Vabadussoja_Ajaloo_Komitee, lk 20
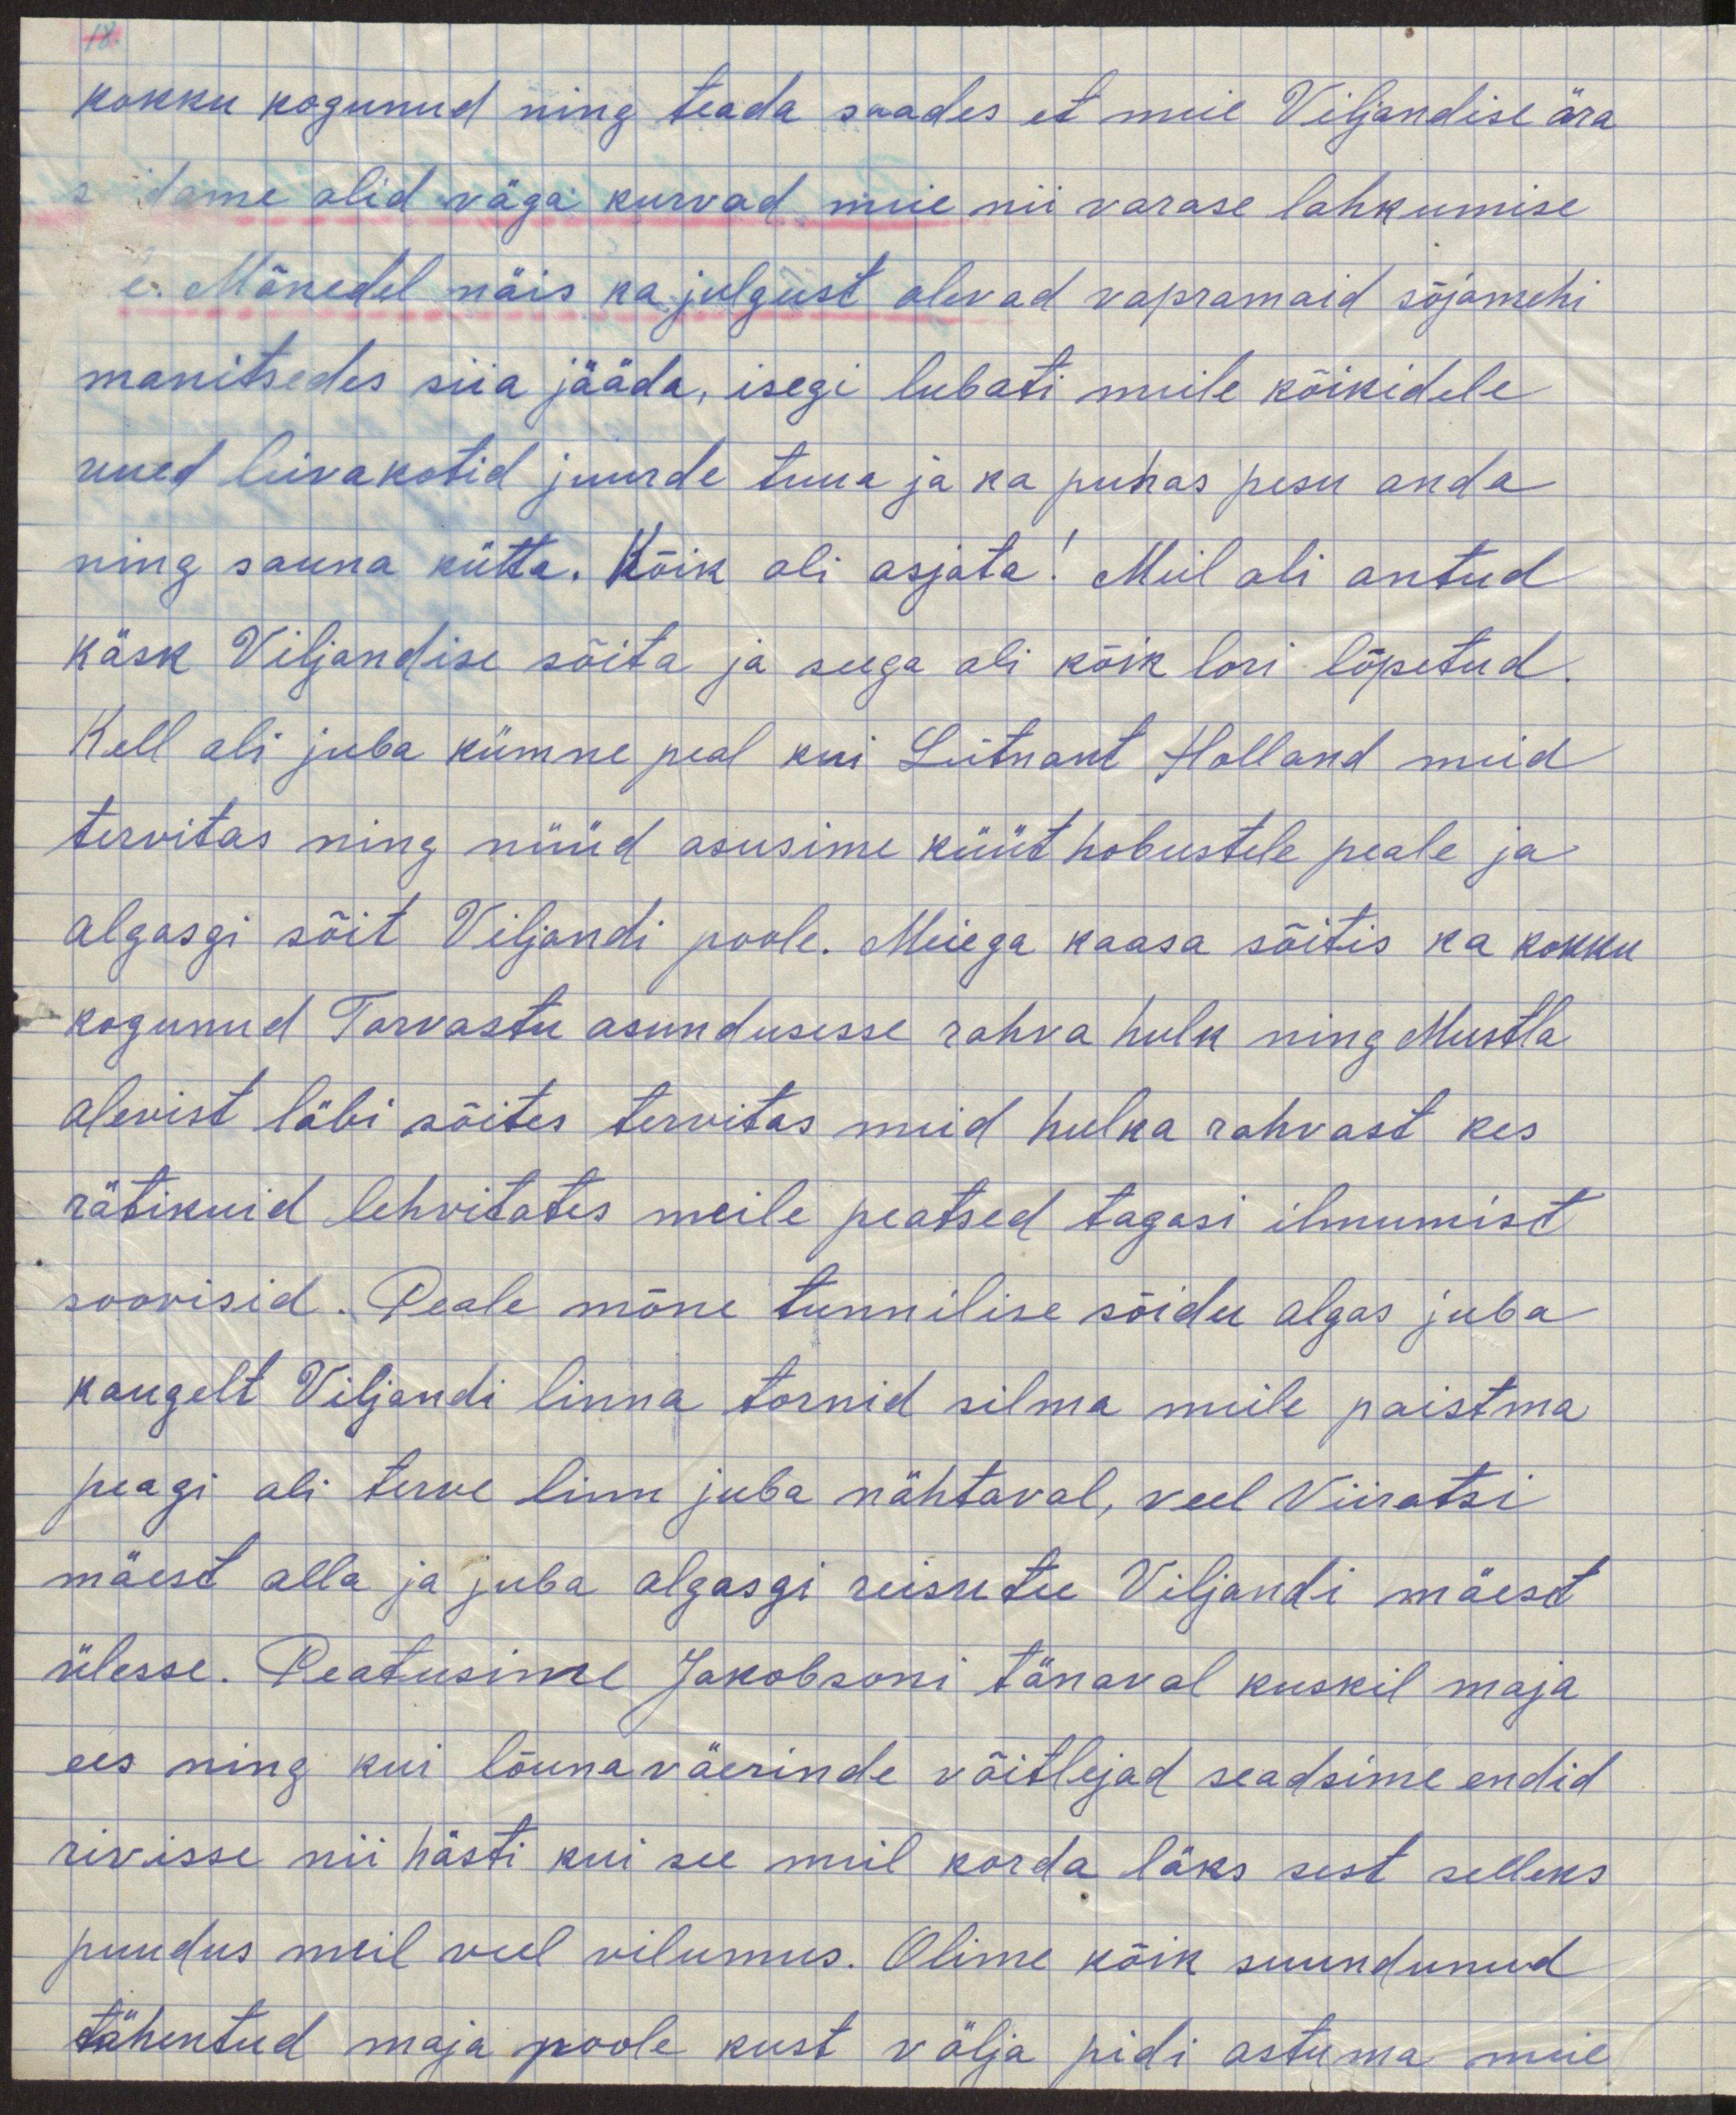
kokku kogunund ning teada saades et meie Viljandisse ära
sõidamine olid väga kurvad meie nii vara lahkumise
e. Mõnedel näis ka julgust olevad vapramaid sõjamehi
manitsedes siia jääda, isegi lubati neile kõikidele
uued leivakotid juurde tuua ja ka puhas pesu anda
ning sauna kütta. Kõik oli asjata! Meil oli antud
käsk Viljandisse sõita ja seega oli kõik lori lõpetud.
Kell oli juba kümne peal kui Leitnant Holland meid
tervitas ning nüüd asusime küüt hobustele peale ja
algasgi sõit Viljandi poole. Meiega kaasa sõitis ka kokku
kogunud Tarvastu asundusesse rahva hulk ning Mustla
alevist läbi sõites tervitas meid hulka rahvast kes
rätikuid lehvitades meile peatsed tagasi ilmumist
soovisid. Peale mõne tunnilise sõidu algas juba
kaugelt Viljandi linnad tornid silma meile paistma
peagi oli terve linn juba nähtaval, veel Viiratsi
mäest alla ja juba algasgi reisutee Viljandi mäest
ülesse. Peatusime Jakobsoni täneval kuskil maja
ees ning kui lõunaväerinde võitlejad seadsime endid
rivisse nii hästi kui see meil korda läks sest selleks
puudus meil veel vilumus. Olime kõik suundunud
tähentud maja poole kust välja pidi astuma meie